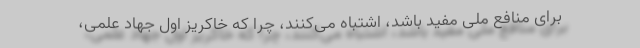
برای منافع ملی مفید باشد، اشتباه می‌کنند، چرا که خاکریز اول جهاد علمی،